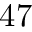
4 7